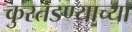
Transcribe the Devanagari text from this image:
कुरतडण्याच्या